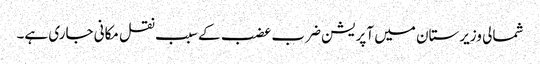
شمالی وزیرستان میں آپریشن ضرب عضب کے سبب نقل مکانی جاری ہے۔